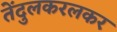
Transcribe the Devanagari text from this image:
तेंदुलकरलकर